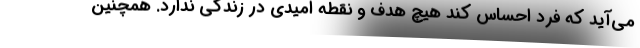
می‌آید که فرد احساس کند هیچ هدف و نقطه امیدی در زندگی ندارد. همچنین